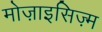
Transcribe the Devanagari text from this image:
मोज़ाइसिज़्म